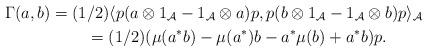
LaTeX: \begin{gather*}\Gamma(a,b)=(1/2)\langle p(a\otimes 1_{\mathcal A}-1_{\mathcal A}\otimes a)p,p(b \otimes 1_{\mathcal A}-1_{\mathcal A}\otimes b)p\rangle_{\mathcal A}\\\phantom{\Gamma(a,b)}=(1/2)(\mu(a^*b)-\mu(a^*)b-a^*\mu(b)+a^*b)p.\end{gather*}